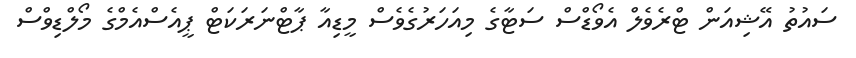
ސައުތު އޭޝިއަން ޓްރެވެލް އެވޯޑްސް ސަޓާގެ މިއަހަރުގެވެސް މީޑިއާ ޕާޓްނަރަކަޓް ޕީއެސްއެމްގެ މޯލްޑިވްސް